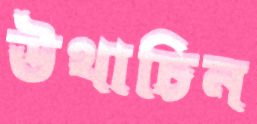
উথাচিন